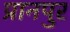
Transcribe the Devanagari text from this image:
प्रानपुर